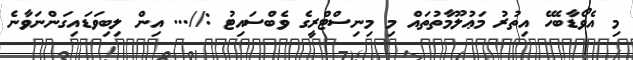
މި އެވޯޑާބެހޭ އިތުރު މަޢުލޫމާތުތައް މި މިނިސްޓްރީގެ ވެބްސައިޓު ://... އިން ލިބިވަޑައިގަންނަވާނެ